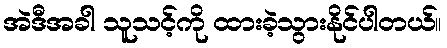
အဲဒီအခါ သူသင့်ကို ထားခဲ့သွားနိုင်ပါတယ်။